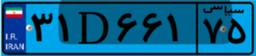
۰۹D۹۲۱۸۶